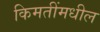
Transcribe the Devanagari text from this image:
किमतींमधील